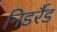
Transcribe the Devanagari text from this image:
निडर्रैड